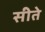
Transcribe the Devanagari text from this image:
सीते